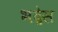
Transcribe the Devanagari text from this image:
भद्रेस